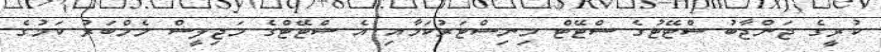
ކުރީގެ ޖަންޖާބު ސްޓޭޓުގެ ސްޓޭޓް މިނިސްޓަރުކަމާއި އެ ސްޓޭޓްގެ މަޖިލީސް މެމްބަރު ކަމުގެ